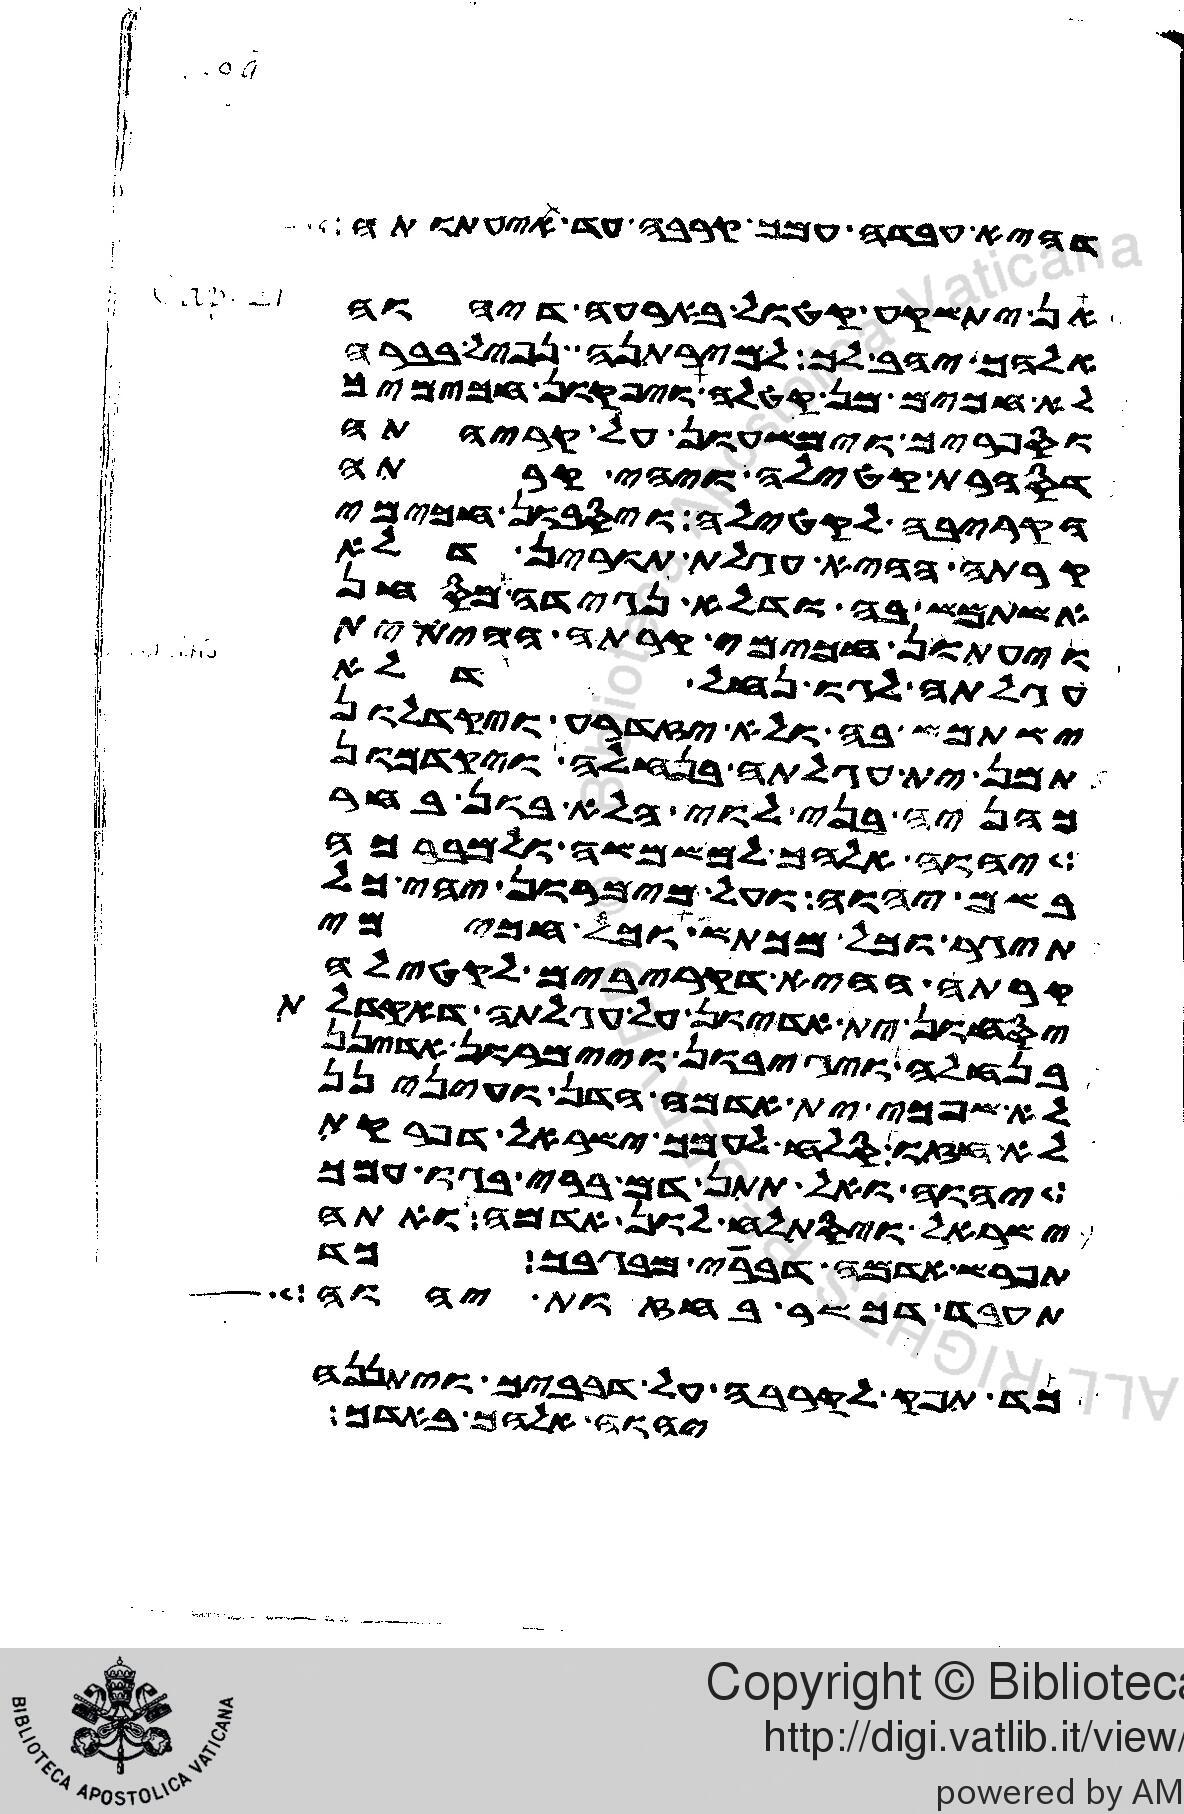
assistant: דהיא עבדה עמך קרבה עד תנעתנה
אן יתשקע קטול בארעה דיהוה
אלהך יהב לך למירתנה נפיל בברה
לא חכים מן קטלה ויפקון חכימיך
וספריך וימשעון על קריהתה
דסהרת קטילה ויתהי קרתה
דקריבה לקטילה ויסבון חכימי
קרתה ההיא עגלת תורין דלא
אשתמש בה ודלא נגידה מסחן
ויעתון חכימי קרתה ההיא ית
עגלתה לגו נחל עמיק דלא
ישתמש בה ולא אזדרע ויקדלון
תמן ית עגלתה בנחלה ויקדמון
כהניה בני לוי הלא בון בחר
יהוה אלהך למשמשה ולמברכה
בשם יהוה ועל מימרון יהי כל
תיגר וכל מכתש וכל חכימי
קרתה ההיא דקריבים לקטילה
יסחון ית אדיון על עגלתה דאקדלת
בנחלה ויגיבון ויימרון אדינן
לאשפכי ית אדמה הדן ועינינן
לא חזו סלח לעמך ישראל דפרקת
יהוה ואל תתן אדם ברי בגו עמך
ישראל ויסתלח לון אדמה ואתה
תפרש אדמה דברי מבגבך כד
תעבד דכשר בחזות יהוה כד
כד תפק לקרבה על דבביך ויתננה
יהוה אלהך באדך